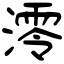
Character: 澪